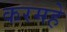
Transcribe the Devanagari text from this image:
करमहे